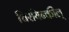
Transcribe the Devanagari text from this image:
चिरयिन्कील्